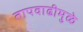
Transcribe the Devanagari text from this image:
तापवाढीमुळे